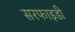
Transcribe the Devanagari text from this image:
सरफाइडी